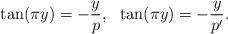
LaTeX: \begin{align*}\tan(\pi y)=-\frac{y}{p},\,\,\,\,\tan(\pi y)=-\frac{y}{p^{\prime}}.\end{align*}